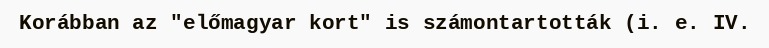
Korábban az "előmagyar kort" is számontartották (i. e. IV.